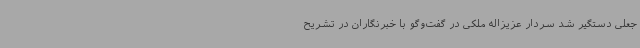
جعلی دستگیر شد سردار عزیزاله ملکی در گفت‌وگو با خبرنگاران در تشریح